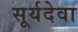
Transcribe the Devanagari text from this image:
सूर्यदेवा